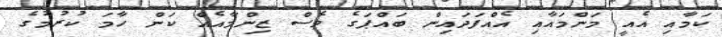
ކަމާއި އެއީ މަންމައާއި އެއްފަދައިން ބައްޕަގެ ވެސް ޒިންމާއެއް ކަން ހާމަ ކުރުމުގެ